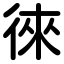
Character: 徠